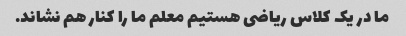
ما در یک کلاس ریاضی هستیم معلم ما را کنار هم نشاند.